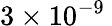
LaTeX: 3\times 10^{-9}\